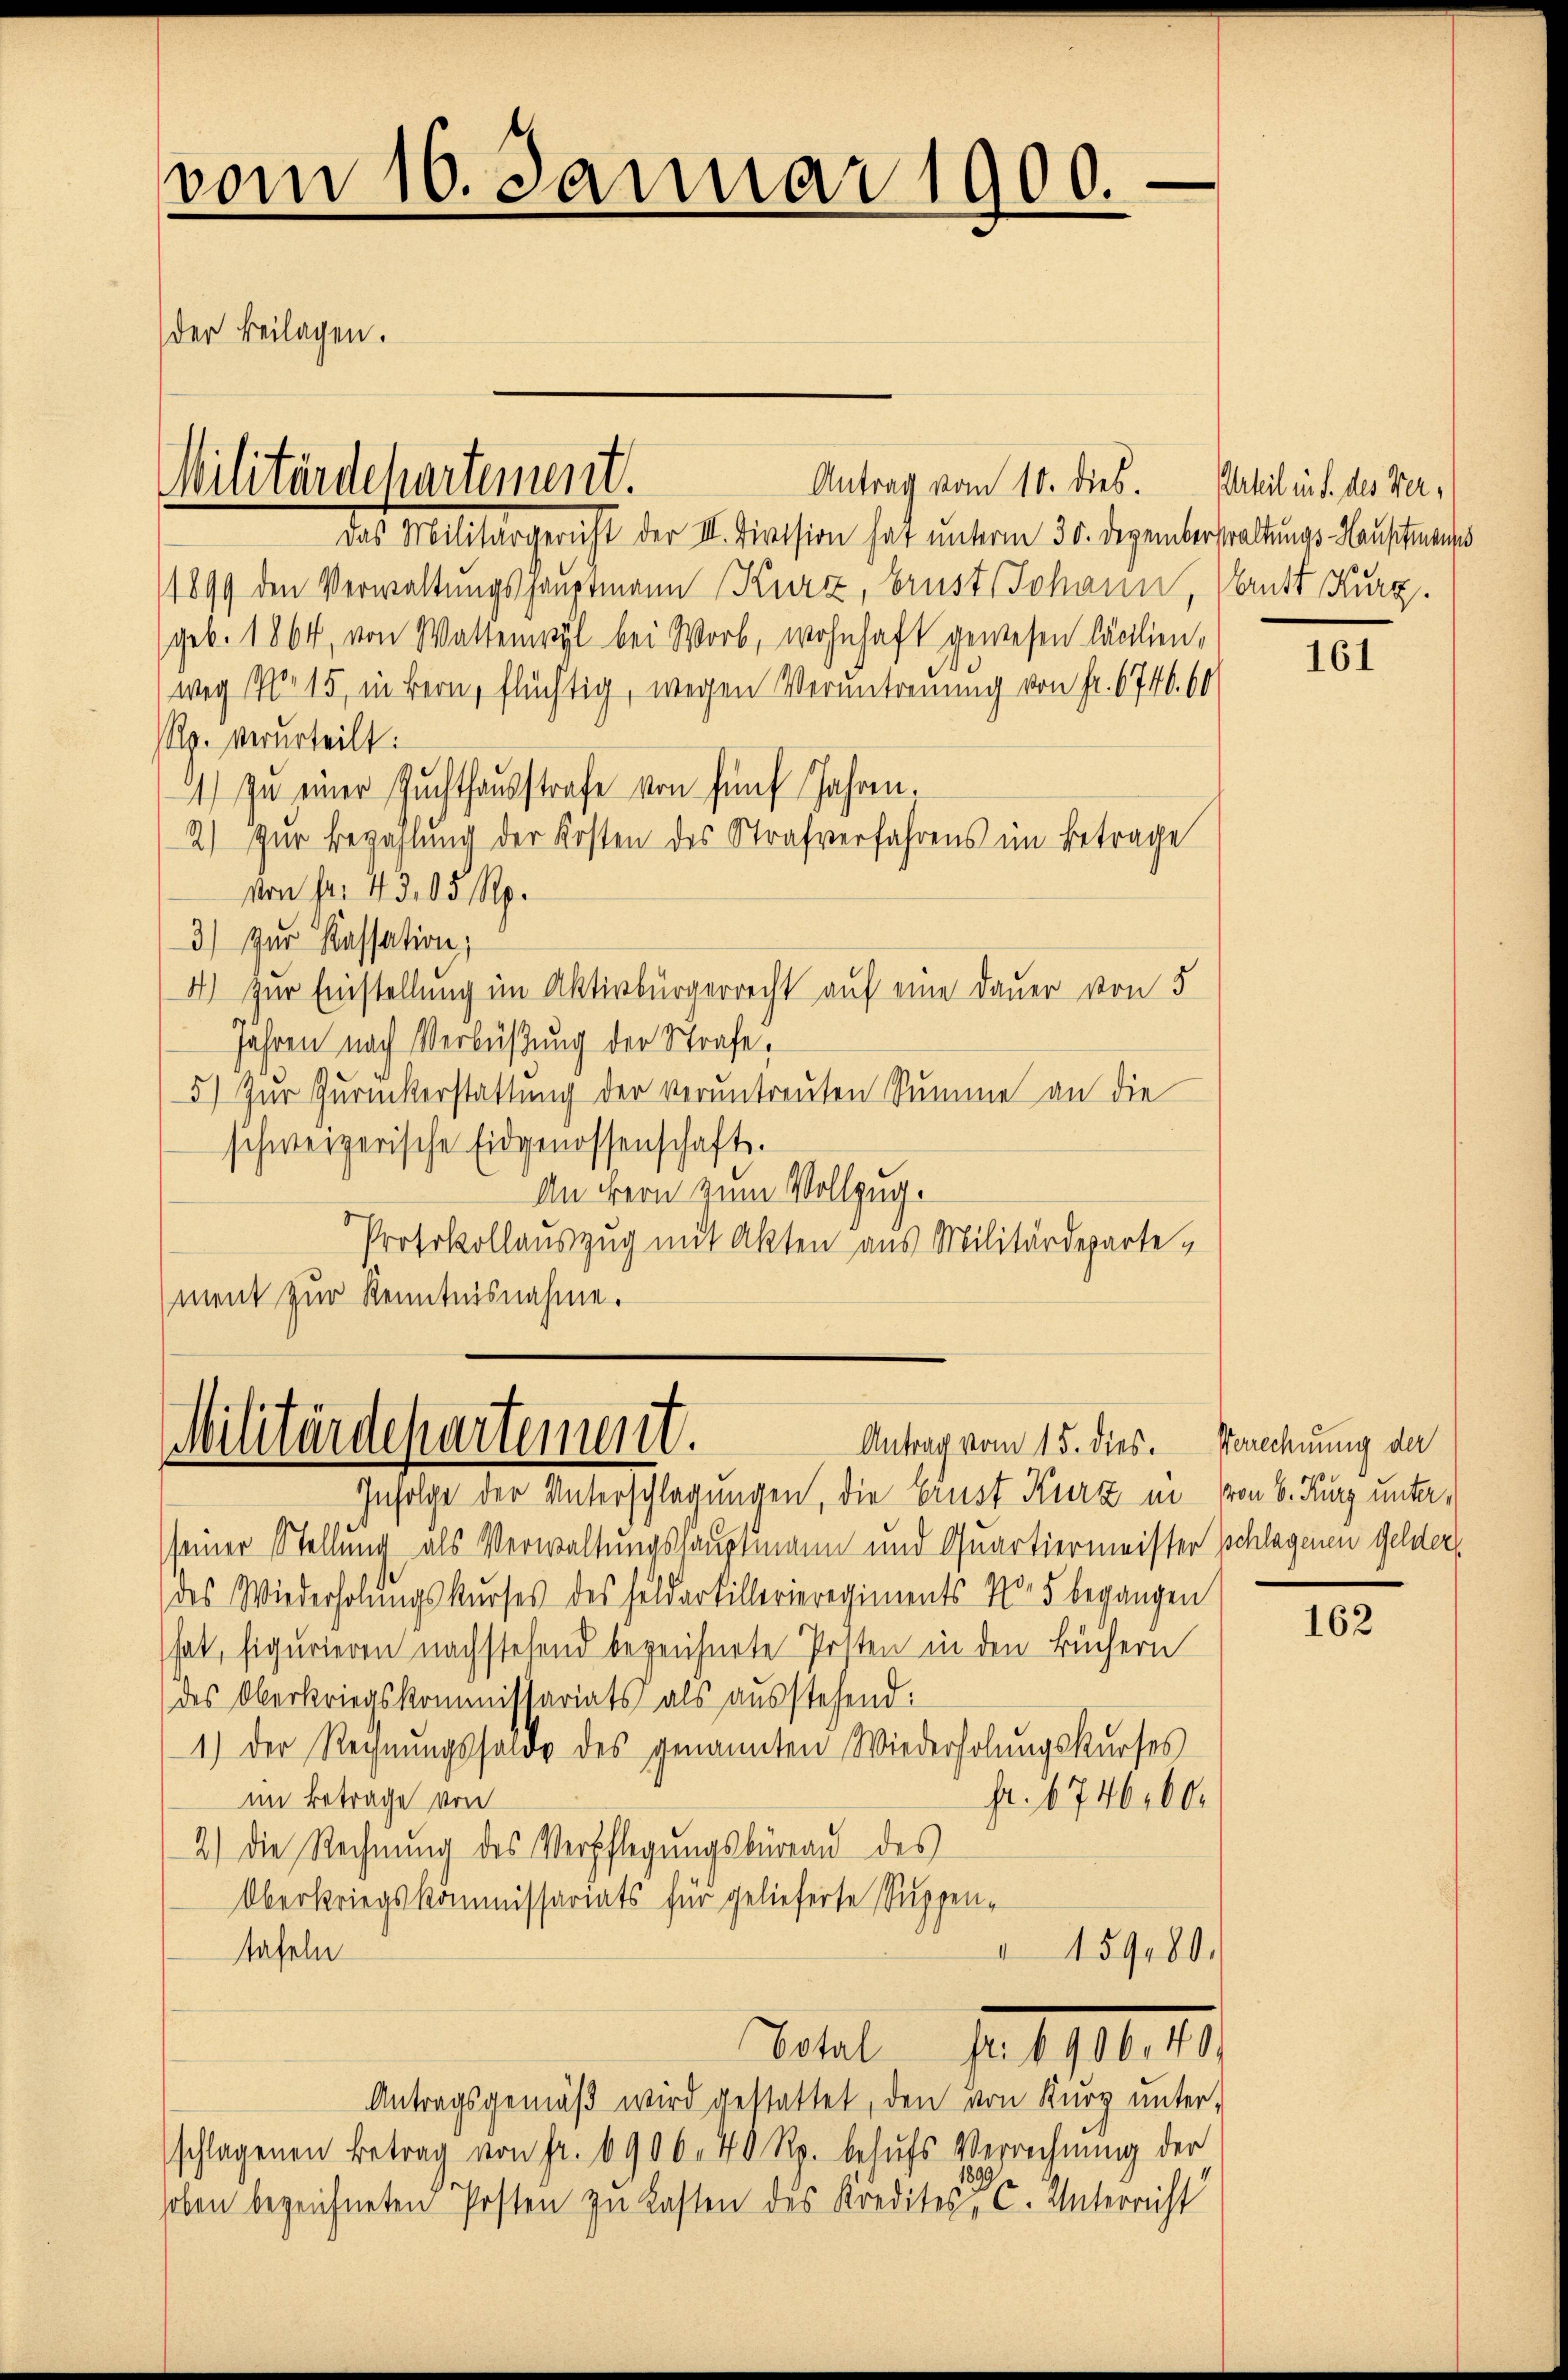
vom 16. Januar 1900.
der Beilagen.

Antrag vom 10. dies. Phil in d. des Verdas Militärgericht der II. Division hat unterm 30. Dezemberstattungs Hausitmens
1899 den Verwaltungshauptmann Kurz, Brust (Johann, Vant Kurz
(geb. 1864, von Wattenwyl bei Worb, wohnhaft gewesen Cästlien,
weg No 15, in Bern, flüchtig, wegen Veruntreuung von Fr. 6746. 60
Rp. verurteilt:
) zŭ einer Zŭchthaŭsstrafe von fünf Jahren.
2) zur Bezahlung der Kosten des Strafverfahrens im Betrage
von Fr. 43. 65 Rp.
3) Zur Kassation;
4.) Zur Einstellung im Aktivbürgerrecht auf eine Dauer von 5
Jahren nach Verbüßung der Strafe,
5) Zur Zuruckerstattung der veruntreuten Summe an die
schweizerische Eidgenossenschaft.
An Bern zum Vollzug.
Protokollauszug mit Akten aus Militärdepartement zur Kenntnisnahme.

Militärdepartement.

Militärdepartement.
Antrag vom 15. dies.
Infolge der Unterschlagungen, die Ernst Kurz in von 6. May unter¬

seiner Stellung als Verwaltungshauptmann und Quartiermeister schlagenen Gelder
des Wiederholungskurses des Feldartillerieregiments Nr 5 begangen
hat, figurieren nachstehend bezeichnete Posten in den Büchern
des Oberkriegskommissariats als ausstehend:
1.) Der Rechnungssolde des genannten Wiederholungskurses
im Betrage von
fr. 6746,000
2.) Die Rechnung des Verpflegungsbüreau des
Oberkriegskommissariats für gelieferte Suppen-
159180.
tafeln
Total Fr. 1 u.
Antragsgemäβ wird gestattet, den von Kurz unter-
schlagenen Betrag von Fr. 6906. 40 Rp. behufs Verrechnung der
1899
hoben bezeichneten Posten zu Lasten des Kredites C. Unterricht

161

Verrechnung der
1

162